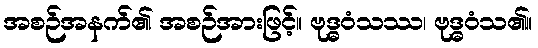
အစဉ်အနက်၏ အစဉ်အားဖြင့်။ ဗုဒ္ဓဝံသဿ၊ ဗုဒ္ဓဝံသ၏။